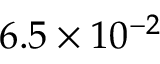
6 . 5 \times 1 0 ^ { - 2 }